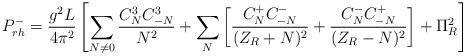
LaTeX: \begin{align*}P^-_{rh} = {g^2 L \over 4\pi^2} \left[\sum_{N \neq 0}{C^3_N C^3_{-N} \over N^2} +\sum_N \left [{C^+_N C^-_{-N} \over (Z_R+N)^2} + {C^-_{N} C^+_{-N} \over (Z_R-N)^2} \right ]+\Pi^2_R \right]\end{align*}